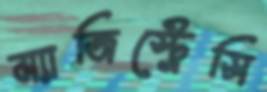
ম্যাজিস্ট্রেসি